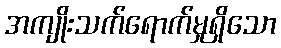
အကျိုးသက်ရောက်မှုရှိသော